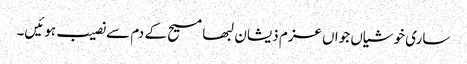
ساری خوشیاں جواں عزم ذیشان لبھا مسیح کے دم سے نصیب ہوئیں۔